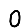
Digit: 0